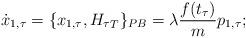
LaTeX: \begin{align*} \dot{x}_{1,\tau} = \{x_{1,\tau}, {H_{\tau}}_T\}_{PB} = \lambda\frac{f(t_\tau)}{m}p_{1,\tau}; \end{align*}